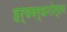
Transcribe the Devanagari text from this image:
हर्षवर्धनोत्तर